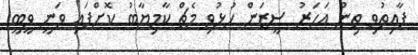
ފާއިތުވި ތިން އަހަރު ސީޒަން ހުޅުވި މެޗް ކާމިޔާބު ކޮށްފައި ވަނީ ވީބީ